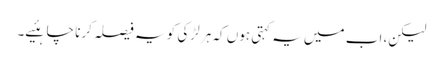
لیکن، اب میں یہ کہتی ہوں کہ ہر لڑکی کو یہ فیصلہ کرنا چاہئیے۔